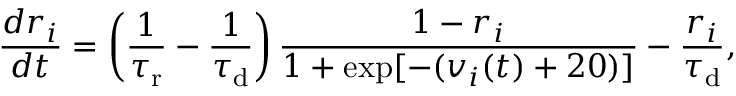
\frac { d r _ { i } } { d t } = \left( \frac { 1 } { \tau _ { \mathrm { r } } } - \frac { 1 } { \tau _ { \mathrm { d } } } \right) \frac { 1 - r _ { i } } { 1 + \exp [ - ( v _ { i } ( t ) + 2 0 ) ] } - \frac { r _ { i } } { \tau _ { \mathrm { d } } } ,